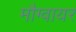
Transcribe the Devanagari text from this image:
मौग्वायर